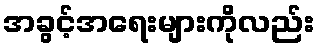
အခွင့်အရေးများကိုလည်း